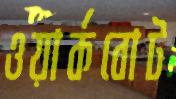
ওয়ার্কবোট